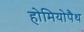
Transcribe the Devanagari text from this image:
होमियोपैथ